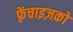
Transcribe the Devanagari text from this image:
फ़्रेंचाइज़को